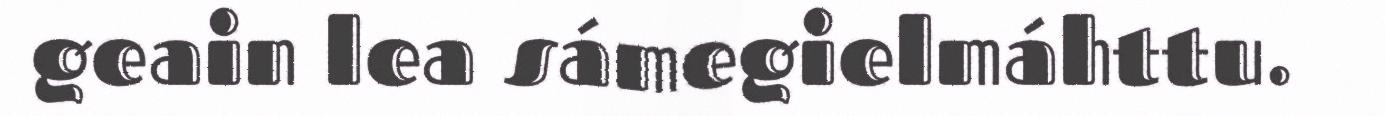
geain lea sámegielmáhttu.